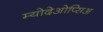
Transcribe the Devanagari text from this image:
म्योदेओप्सिअ